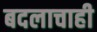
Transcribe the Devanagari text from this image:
बदलाचाही